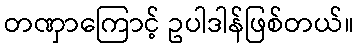
တဏှာကြောင့် ဥပါဒါန်ဖြစ်တယ်။